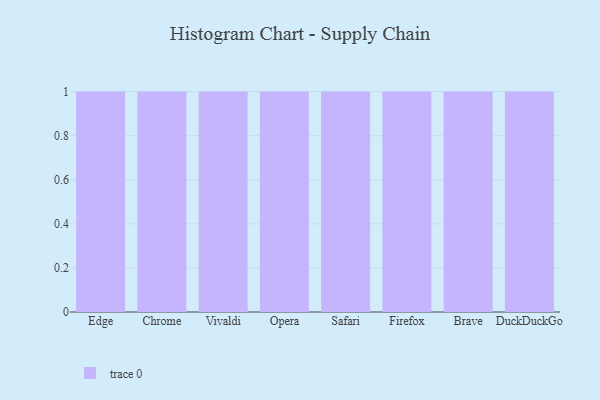
{"axis": {"x": "Browser", "y": "Latency (ms)"}, "legend": [""], "data": [{"x": "Edge", "y": 67, "type": ""}, {"x": "Chrome", "y": 3, "type": ""}, {"x": "Vivaldi", "y": 32, "type": ""}, {"x": "Opera", "y": 59, "type": ""}, {"x": "Safari", "y": 6, "type": ""}, {"x": "Firefox", "y": 63, "type": ""}, {"x": "Brave", "y": 4, "type": ""}, {"x": "DuckDuckGo", "y": 73, "type": ""}]}